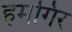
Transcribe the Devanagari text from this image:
हेमगिर